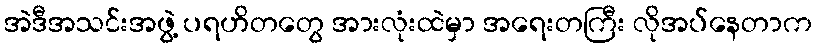
အဲဒီအသင်းအဖွဲ့ ပရဟိတတွေ အားလုံးထဲမှာ အရေးတကြီး လိုအပ်နေတာက